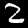
Digit: 2